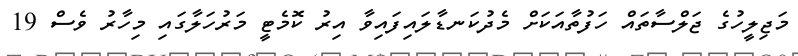
މަޖިލީހުގެ ޖަލްސާތައް ހަފުތާއަކަށް މެދުކަނޑާލައިފައިވާ އިރު ކޮމެޓީ މަރުހަލާގައި މިހާރު ވެސް 19